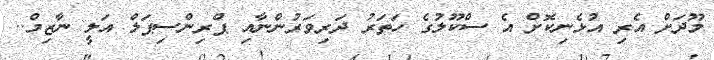
މޫދަށް އެރި އުޅެނިކޮށް އެ ސްކޫލުގެ ހަތަރު ދަރިވަރުންނާއި ޕްރިންސިޕަލް އަލީ ނާޒިމް..